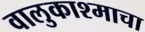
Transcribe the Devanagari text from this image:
वालुकाश्माचा